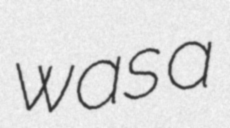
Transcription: was a